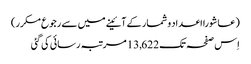
(عاشورا اعداد و شمار کے آئینے میں سے رجوع مکرر)
اِس صفحہ تک 13,622 مرتبہ رسائی کی گئی